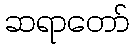
ဆရာတော်